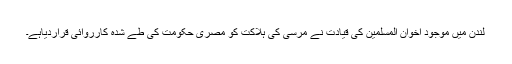
لندن میں موجود اخوان المسلمین کی قیادت نے مرسی کی ہلاکت کو مصری حکومت کی طے شدہ کارروائی قراردیاہے۔